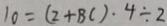
1 0 = ( 2 + B C ) \cdot 4 \div 2